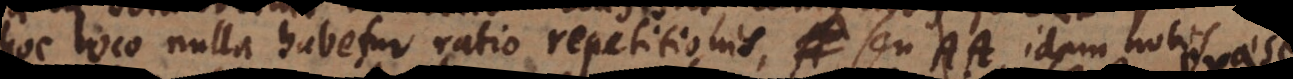
hoc loco nulla habetur ratio repetitionis, seu AA idem nobis